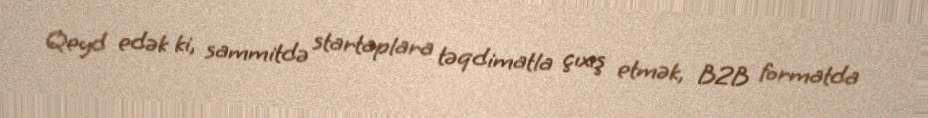
Qeyd edək ki, sammitdə startaplara təqdimatla çıxış etmək, B2B formatda